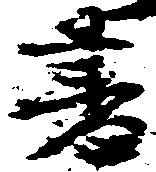
書